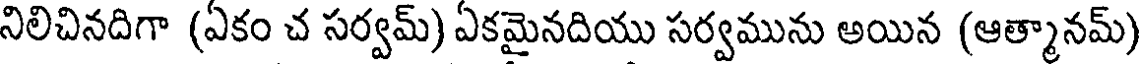
నిలిచినదిగా (ఏకం చ సర్వమ్) ఏకమైనదియు సర్వమును అయిన (ఆత్మానమ్)